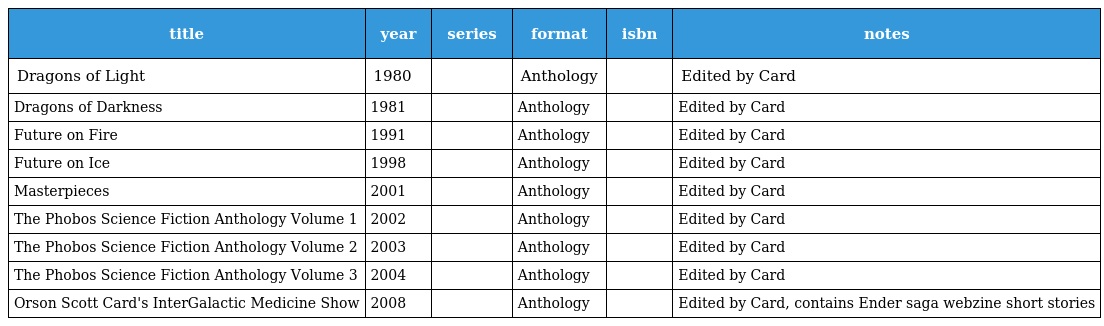
| title | year | series | format | isbn | notes |
 | --- | --- | --- | --- | --- | --- |
 | Dragons of Light | 1980 |  | Anthology |  | Edited by Card |
 | Dragons of Darkness | 1981 |  | Anthology |  | Edited by Card |
 | Future on Fire | 1991 |  | Anthology |  | Edited by Card |
 | Future on Ice | 1998 |  | Anthology |  | Edited by Card |
 | Masterpieces | 2001 |  | Anthology |  | Edited by Card |
 | The Phobos Science Fiction Anthology Volume 1 | 2002 |  | Anthology |  | Edited by Card |
 | The Phobos Science Fiction Anthology Volume 2 | 2003 |  | Anthology |  | Edited by Card |
 | The Phobos Science Fiction Anthology Volume 3 | 2004 |  | Anthology |  | Edited by Card |
 | Orson Scott Card's InterGalactic Medicine Show | 2008 |  | Anthology |  | Edited by Card, contains Ender saga webzine short stories |